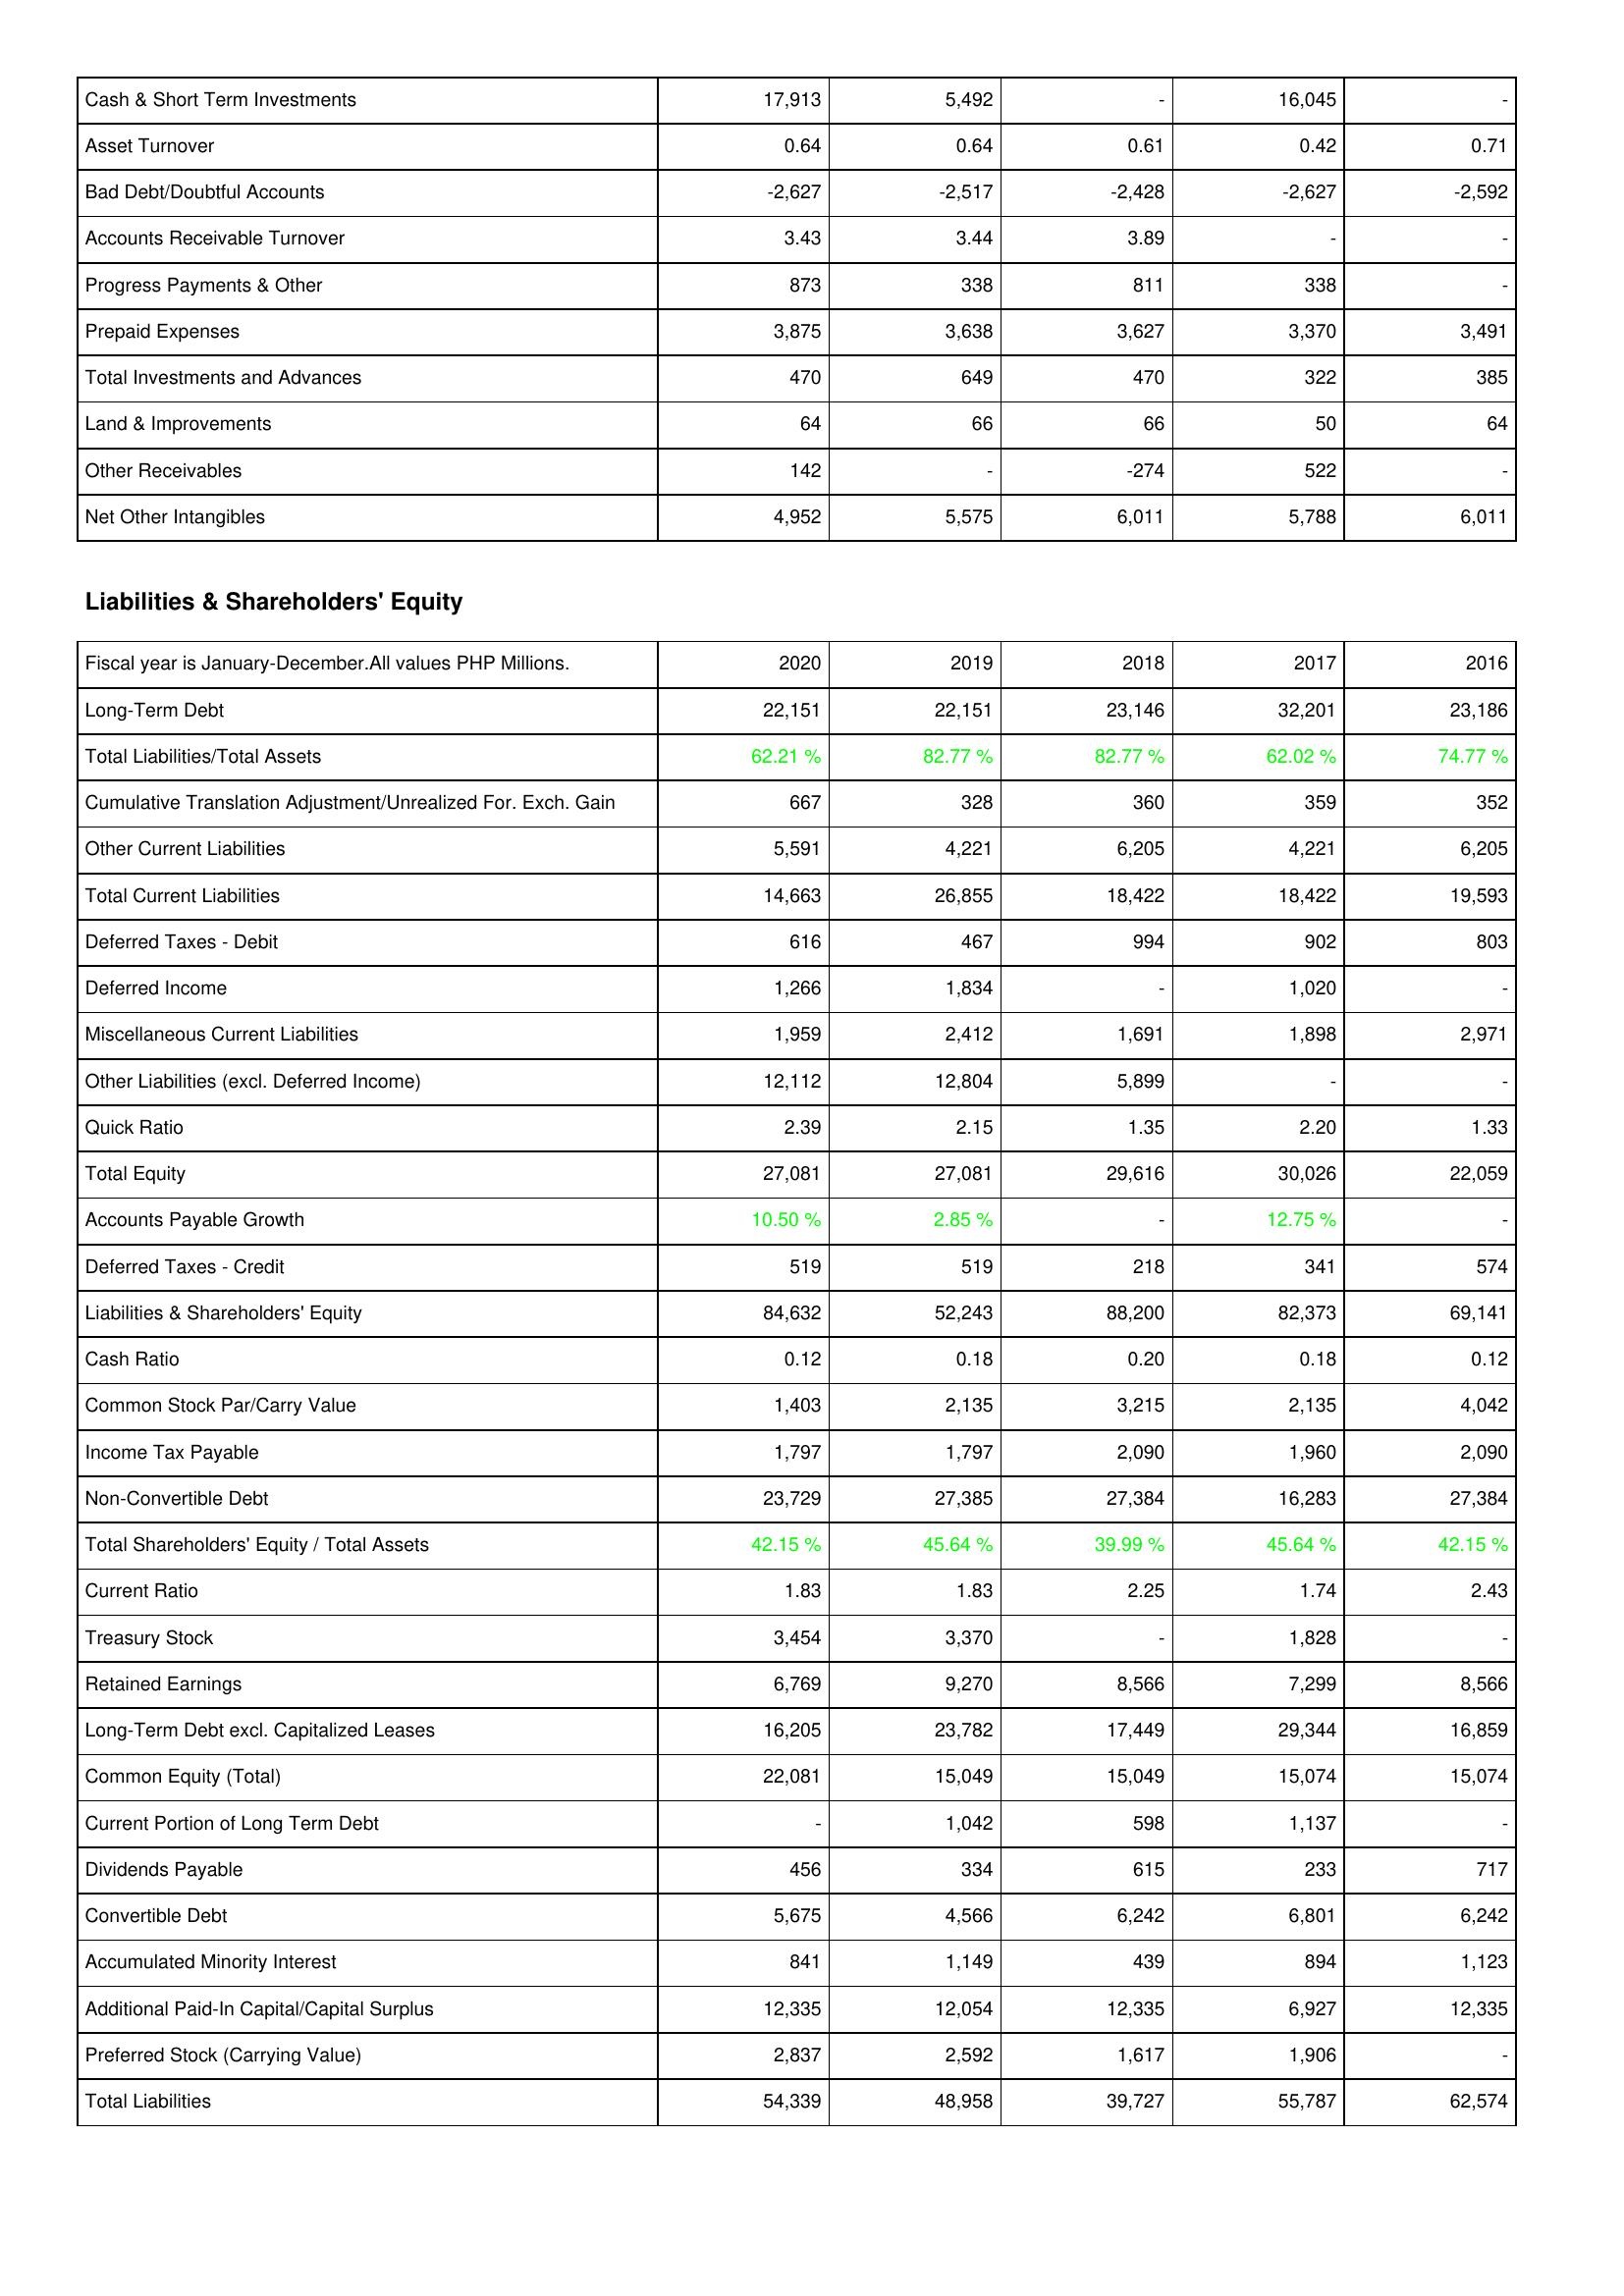
2020: Assets: Cash & Short Term Investments: 17,913
Asset Turnover: 0.64
Bad Debt/Doubtful Accounts: -2,627
Accounts Receivable Turnover: 3.43
Progress Payments & Other: 873
Prepaid Expenses: 3,875
Total Investments and Advances: 470
Land & Improvements: 64
Other Receivables: 142
Net Other Intangibles: 4,952
Liabilities & Shareholders' Equity: Long-Term Debt: 22,151
Total Liabilities/Total Assets: 62.21 %
Cumulative Translation Adjustment/Unrealized For. Exch. Gain: 667
Other Current Liabilities: 5,591
Total Current Liabilities: 14,663
Deferred Taxes - Debit: 616
Deferred Income: 1,266
Miscellaneous Current Liabilities: 1,959
Other Liabilities (excl. Deferred Income): 12,112
Quick Ratio: 2.39
Total Equity: 27,081
Accounts Payable Growth: 10.50 %
Deferred Taxes - Credit: 519
Liabilities & Shareholders' Equity: 84,632
Cash Ratio: 0.12
Common Stock Par/Carry Value: 1,403
Income Tax Payable: 1,797
Non-Convertible Debt: 23,729
Total Shareholders' Equity / Total Assets: 42.15 %
Current Ratio: 1.83
Treasury Stock: 3,454
Retained Earnings: 6,769
Long-Term Debt excl. Capitalized Leases: 16,205
Common Equity (Total): 22,081
Current Portion of Long Term Debt: -
Dividends Payable: 456
Convertible Debt: 5,675
Accumulated Minority Interest: 841
Additional Paid-In Capital/Capital Surplus: 12,335
Preferred Stock (Carrying Value): 2,837
Total Liabilities: 54,339
2019: Assets: Cash & Short Term Investments: 5,492
Asset Turnover: 0.64
Bad Debt/Doubtful Accounts: -2,517
Accounts Receivable Turnover: 3.44
Progress Payments & Other: 338
Prepaid Expenses: 3,638
Total Investments and Advances: 649
Land & Improvements: 66
Other Receivables: -
Net Other Intangibles: 5,575
Liabilities & Shareholders' Equity: Long-Term Debt: 22,151
Total Liabilities/Total Assets: 82.77 %
Cumulative Translation Adjustment/Unrealized For. Exch. Gain: 328
Other Current Liabilities: 4,221
Total Current Liabilities: 26,855
Deferred Taxes - Debit: 467
Deferred Income: 1,834
Miscellaneous Current Liabilities: 2,412
Other Liabilities (excl. Deferred Income): 12,804
Quick Ratio: 2.15
Total Equity: 27,081
Accounts Payable Growth: 2.85 %
Deferred Taxes - Credit: 519
Liabilities & Shareholders' Equity: 52,243
Cash Ratio: 0.18
Common Stock Par/Carry Value: 2,135
Income Tax Payable: 1,797
Non-Convertible Debt: 27,385
Total Shareholders' Equity / Total Assets: 45.64 %
Current Ratio: 1.83
Treasury Stock: 3,370
Retained Earnings: 9,270
Long-Term Debt excl. Capitalized Leases: 23,782
Common Equity (Total): 15,049
Current Portion of Long Term Debt: 1,042
Dividends Payable: 334
Convertible Debt: 4,566
Accumulated Minority Interest: 1,149
Additional Paid-In Capital/Capital Surplus: 12,054
Preferred Stock (Carrying Value): 2,592
Total Liabilities: 48,958
2018: Assets: Cash & Short Term Investments: -
Asset Turnover: 0.61
Bad Debt/Doubtful Accounts: -2,428
Accounts Receivable Turnover: 3.89
Progress Payments & Other: 811
Prepaid Expenses: 3,627
Total Investments and Advances: 470
Land & Improvements: 66
Other Receivables: -274
Net Other Intangibles: 6,011
Liabilities & Shareholders' Equity: Long-Term Debt: 23,146
Total Liabilities/Total Assets: 82.77 %
Cumulative Translation Adjustment/Unrealized For. Exch. Gain: 360
Other Current Liabilities: 6,205
Total Current Liabilities: 18,422
Deferred Taxes - Debit: 994
Deferred Income: -
Miscellaneous Current Liabilities: 1,691
Other Liabilities (excl. Deferred Income): 5,899
Quick Ratio: 1.35
Total Equity: 29,616
Accounts Payable Growth: -
Deferred Taxes - Credit: 218
Liabilities & Shareholders' Equity: 88,200
Cash Ratio: 0.20
Common Stock Par/Carry Value: 3,215
Income Tax Payable: 2,090
Non-Convertible Debt: 27,384
Total Shareholders' Equity / Total Assets: 39.99 %
Current Ratio: 2.25
Treasury Stock: -
Retained Earnings: 8,566
Long-Term Debt excl. Capitalized Leases: 17,449
Common Equity (Total): 15,049
Current Portion of Long Term Debt: 598
Dividends Payable: 615
Convertible Debt: 6,242
Accumulated Minority Interest: 439
Additional Paid-In Capital/Capital Surplus: 12,335
Preferred Stock (Carrying Value): 1,617
Total Liabilities: 39,727
2017: Assets: Cash & Short Term Investments: 16,045
Asset Turnover: 0.42
Bad Debt/Doubtful Accounts: -2,627
Accounts Receivable Turnover: -
Progress Payments & Other: 338
Prepaid Expenses: 3,370
Total Investments and Advances: 322
Land & Improvements: 50
Other Receivables: 522
Net Other Intangibles: 5,788
Liabilities & Shareholders' Equity: Long-Term Debt: 32,201
Total Liabilities/Total Assets: 62.02 %
Cumulative Translation Adjustment/Unrealized For. Exch. Gain: 359
Other Current Liabilities: 4,221
Total Current Liabilities: 18,422
Deferred Taxes - Debit: 902
Deferred Income: 1,020
Miscellaneous Current Liabilities: 1,898
Other Liabilities (excl. Deferred Income): -
Quick Ratio: 2.20
Total Equity: 30,026
Accounts Payable Growth: 12.75 %
Deferred Taxes - Credit: 341
Liabilities & Shareholders' Equity: 82,373
Cash Ratio: 0.18
Common Stock Par/Carry Value: 2,135
Income Tax Payable: 1,960
Non-Convertible Debt: 16,283
Total Shareholders' Equity / Total Assets: 45.64 %
Current Ratio: 1.74
Treasury Stock: 1,828
Retained Earnings: 7,299
Long-Term Debt excl. Capitalized Leases: 29,344
Common Equity (Total): 15,074
Current Portion of Long Term Debt: 1,137
Dividends Payable: 233
Convertible Debt: 6,801
Accumulated Minority Interest: 894
Additional Paid-In Capital/Capital Surplus: 6,927
Preferred Stock (Carrying Value): 1,906
Total Liabilities: 55,787
2016: Assets: Cash & Short Term Investments: -
Asset Turnover: 0.71
Bad Debt/Doubtful Accounts: -2,592
Accounts Receivable Turnover: -
Progress Payments & Other: -
Prepaid Expenses: 3,491
Total Investments and Advances: 385
Land & Improvements: 64
Other Receivables: -
Net Other Intangibles: 6,011
Liabilities & Shareholders' Equity: Long-Term Debt: 23,186
Total Liabilities/Total Assets: 74.77 %
Cumulative Translation Adjustment/Unrealized For. Exch. Gain: 352
Other Current Liabilities: 6,205
Total Current Liabilities: 19,593
Deferred Taxes - Debit: 803
Deferred Income: -
Miscellaneous Current Liabilities: 2,971
Other Liabilities (excl. Deferred Income): -
Quick Ratio: 1.33
Total Equity: 22,059
Accounts Payable Growth: -
Deferred Taxes - Credit: 574
Liabilities & Shareholders' Equity: 69,141
Cash Ratio: 0.12
Common Stock Par/Carry Value: 4,042
Income Tax Payable: 2,090
Non-Convertible Debt: 27,384
Total Shareholders' Equity / Total Assets: 42.15 %
Current Ratio: 2.43
Treasury Stock: -
Retained Earnings: 8,566
Long-Term Debt excl. Capitalized Leases: 16,859
Common Equity (Total): 15,074
Current Portion of Long Term Debt: -
Dividends Payable: 717
Convertible Debt: 6,242
Accumulated Minority Interest: 1,123
Additional Paid-In Capital/Capital Surplus: 12,335
Preferred Stock (Carrying Value): -
Total Liabilities: 62,574